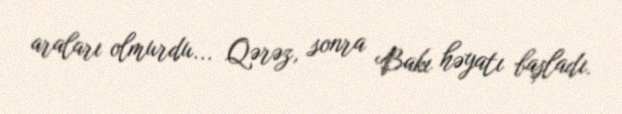
araları olmurdu... Qərəz, sonra Bakı həyatı başladı.